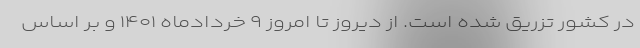
در کشور تزریق شده است. از دیروز تا امروز ۹ خردادماه ۱۴۰۱ و بر اساس